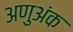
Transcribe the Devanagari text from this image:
अणुअंक